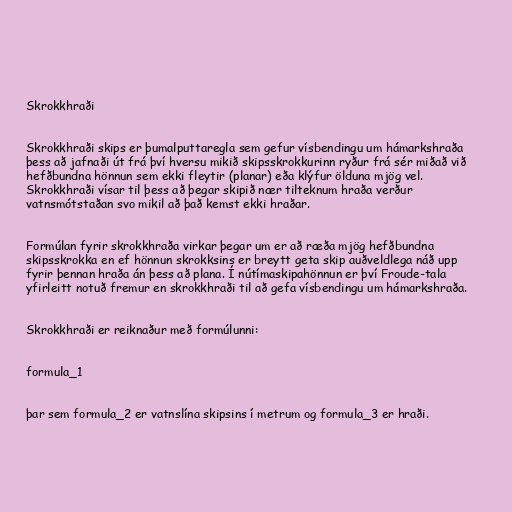
Skrokkhraði

Skrokkhraði skips er þumalputtaregla sem gefur vísbendingu um hámarkshraða
þess að jafnaði út frá því hversu mikið skipsskrokkurinn ryður frá sér miðað við
hefðbundna hönnun sem ekki fleytir (planar) eða klýfur ölduna mjög vel.
Skrokkhraði vísar til þess að þegar skipið nær tilteknum hraða verður
vatnsmótstaðan svo mikil að það kemst ekki hraðar.

Formúlan fyrir skrokkhraða virkar þegar um er að ræða mjög hefðbundna
skipsskrokka en ef hönnun skrokksins er breytt geta skip auðveldlega náð upp
fyrir þennan hraða án þess að plana. Í nútímaskipahönnun er því Froude-tala
yfirleitt notuð fremur en skrokkhraði til að gefa vísbendingu um hámarkshraða.

Skrokkhraði er reiknaður með formúlunni:

formula_1

þar sem formula_2 er vatnslína skipsins í metrum og formula_3 er hraði.